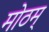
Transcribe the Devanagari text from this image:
मोठम्‌